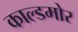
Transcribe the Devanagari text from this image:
काल्डमोर